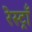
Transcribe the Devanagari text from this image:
रेस्ट्राँ